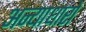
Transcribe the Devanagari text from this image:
अन्याधारों